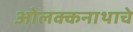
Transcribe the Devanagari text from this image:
ओलक्कनाथाचे